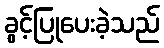
ခွင့်ပြုပေးခဲ့သည်